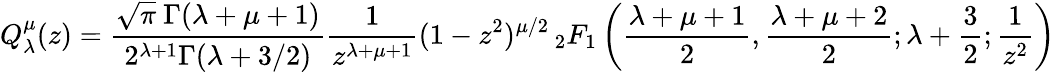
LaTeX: Q_{\lambda}^{\mu}(z)={\frac{{\sqrt{\pi}}\ \Gamma(\lambda+\mu+1)}{2^{\lambda+1}\Gamma(\lambda+3/2)}}{\frac{1}{z^{\lambda+\mu+1}}}(1-z^{2})^{\mu/2}\, _{2}F_{1}\left({\frac{\lambda+\mu+1}{2}},{\frac{\lambda+\mu+2}{2}};\lambda+{\frac{3}{2}};{\frac{1}{z^{2}}}\right)